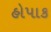
હોપાક